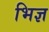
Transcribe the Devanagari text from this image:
भिज्ञ